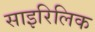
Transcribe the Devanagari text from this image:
साइरिलिक